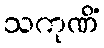
သကုဏိံ